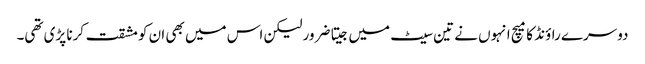
دوسرے راؤنڈ کا میچ انہوں نے تین سیٹ میں جیتا ضرور لیکن اس میں بھی ان کو مشقت کرنا پڑی تھی۔